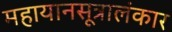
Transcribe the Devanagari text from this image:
महायानसूत्रालंकार